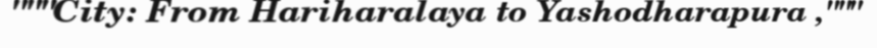
"""City: From Hariharalaya to Yashodharapura ,"""